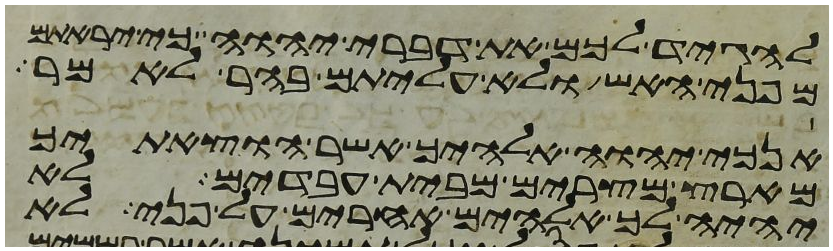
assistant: להגיד לכם את דברי יהוה כי יראתם
מפני האש ולא עליתם בהר לאמר
אנכי יהוה אלהיך אשר הוצאתיך
מארץ מצרים מבית עבדים לא
יהיה לך אלהים אחרים על פני לא